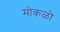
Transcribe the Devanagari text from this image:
मोकळो